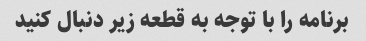
برنامه را با توجه به قطعه زیر دنبال کنید